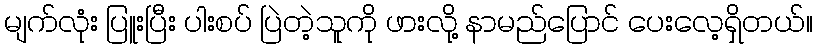
မျက်လုံး ပြူးပြီး ပါးစပ် ပြဲတဲ့သူကို ဖားလို့ နာမည်ပြောင် ပေးလေ့ရှိတယ်။